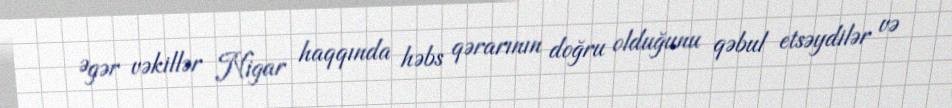
Əgər vəkillər Nigar haqqında həbs qərarının doğru olduğunu qəbul etsəydilər və